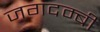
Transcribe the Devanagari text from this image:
जगदम्बी